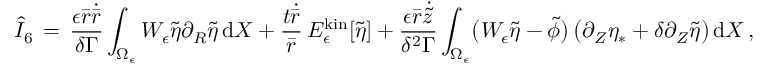
\hat { I } _ { 6 } \, = \, \frac { \epsilon \bar { r } \dot { \bar { r } } } { \delta \Gamma } \int _ { \Omega _ { \epsilon } } W _ { \epsilon } \tilde { \eta } \partial _ { R } \tilde { \eta } \, \mathrm { d } X + \frac { t \dot { \bar { r } } } { \bar { r } } \, E _ { \epsilon } ^ { \mathrm { k i n } } [ \tilde { \eta } ] + \frac { \epsilon \bar { r } \dot { \tilde { z } } } { \delta ^ { 2 } \Gamma } \int _ { \Omega _ { \epsilon } } \bigl ( W _ { \epsilon } \tilde { \eta } - \tilde { \phi } \bigr ) \, \bigl ( \partial _ { Z } \eta _ { * } + \delta \partial _ { Z } \tilde { \eta } \bigr ) \, \mathrm { d } X \, ,